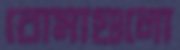
বোমাগুলো